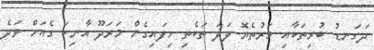
ދަގަނޑު ބުރިތަކާއި މަރުތެޔޮ ފަދަ ތަކެތި ހިފައިގެން މަރަދޫ އާނިކަ ގެއަށް ވަދެ